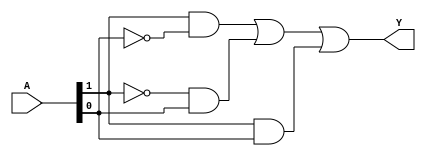
module PrimeImplicant (
    input wire [3:0] A,  // 4-bit input representing the variables
    output wire Y        // Output representing the minimized logic function
);

    // Define the truth table for a specific Boolean function
    // For example, let's consider the function F(A) = (1, 2, 5, 6, 7)
    // This corresponds to the minterms for the function
    wire [15:0] truth_table;
    
    assign truth_table[0] = 0; // minterm 0
    assign truth_table[1] = 1; // minterm 1
    assign truth_table[2] = 1; // minterm 2
    assign truth_table[3] = 0; // minterm 3
    assign truth_table[4] = 0; // minterm 4
    assign truth_table[5] = 1; // minterm 5
    assign truth_table[6] = 1; // minterm 6
    assign truth_table[7] = 1; // minterm 7
    assign truth_table[8] = 0; // minterm 8
    assign truth_table[9] = 0; // minterm 9
    assign truth_table[10] = 0; // minterm 10
    assign truth_table[11] = 0; // minterm 11
    assign truth_table[12] = 0; // minterm 12
    assign truth_table[13] = 0; // minterm 13
    assign truth_table[14] = 0; // minterm 14
    assign truth_table[15] = 0; // minterm 15

    // Prime implicants derived from the truth table
    // For this example, we can manually derive the minimized function
    // The minimized function can be represented as Y = A1'A0 + A1A0' + A1A0
    assign Y = (A[1] & ~A[0]) | (~A[1] & A[0]) | (A[1] & A[0]);

endmodule